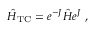
\hat { H } _ { \mathrm { T C } } = e ^ { - J } \hat { H } e ^ { J } \; ,